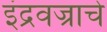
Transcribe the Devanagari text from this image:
इंद्रवज्राचे